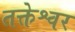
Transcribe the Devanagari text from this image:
तक्तेश्वर